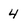
Character: 4